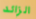
الزائد